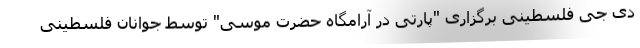
دی جی فلسطینی برگزاری "پارتی در آرامگاه حضرت موسی" توسط جوانان فلسطینی